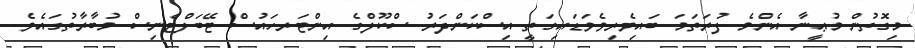
މިގޮތުން މުޢީނާ އެންމެ ފުރަތަމަ ބައިވެރިވެވަޑައިގަތީ އިސްކަންދަރު ސްކޫލްގެ އިންޓަރހައުސް ޓޭބަލްޓެނިސް މުބާރާތުގައެވެ.